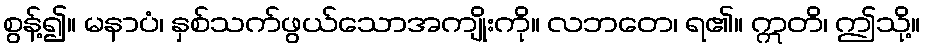
စွန့်၍။ မနာပံ၊ နှစ်သက်ဖွယ်သောအကျိုးကို။ လဘတေ၊ ရ၏။ ဣတိ၊ ဤသို့။